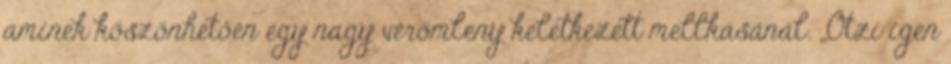
aminek köszönhetően egy nagy vérömleny keletkezett mellkasánál. ,,Ötzi igen